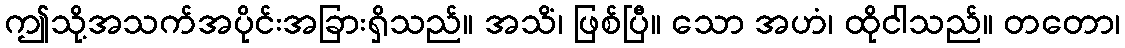
ဤသို့အသက်အပိုင်းအခြားရှိသည်။ အသိံ၊ ဖြစ်ပြီ။ သော အဟံ၊ ထိုငါသည်။ တတော၊